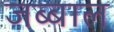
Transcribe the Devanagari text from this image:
जब्बाल